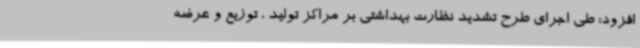
افزود: طی اجرای طرح تشدید نظارت بهداشتی بر مراکز تولید ، توزیع و عرضه